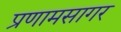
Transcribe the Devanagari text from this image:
प्रणामसागर